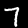
Digit: 7